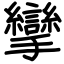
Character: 攣